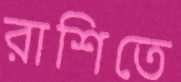
রাশিতে